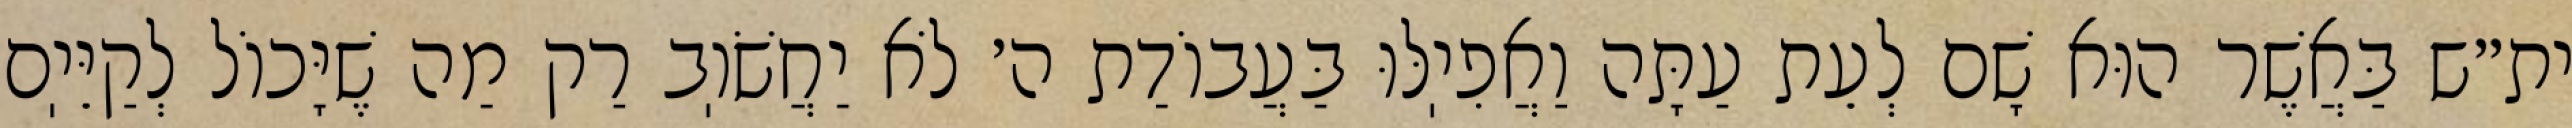
ית״ש בַּאֲשֶׁר הוּא שָׁם לְעֵת עַתָּה וַאֲפִיֽלּוּ בַּעֲבוֹדַת ה׳ לֹא יַחֲשֹׁוֽב רַק מַה שֶׁיָּכוֹל לְקַיֵּיֽם